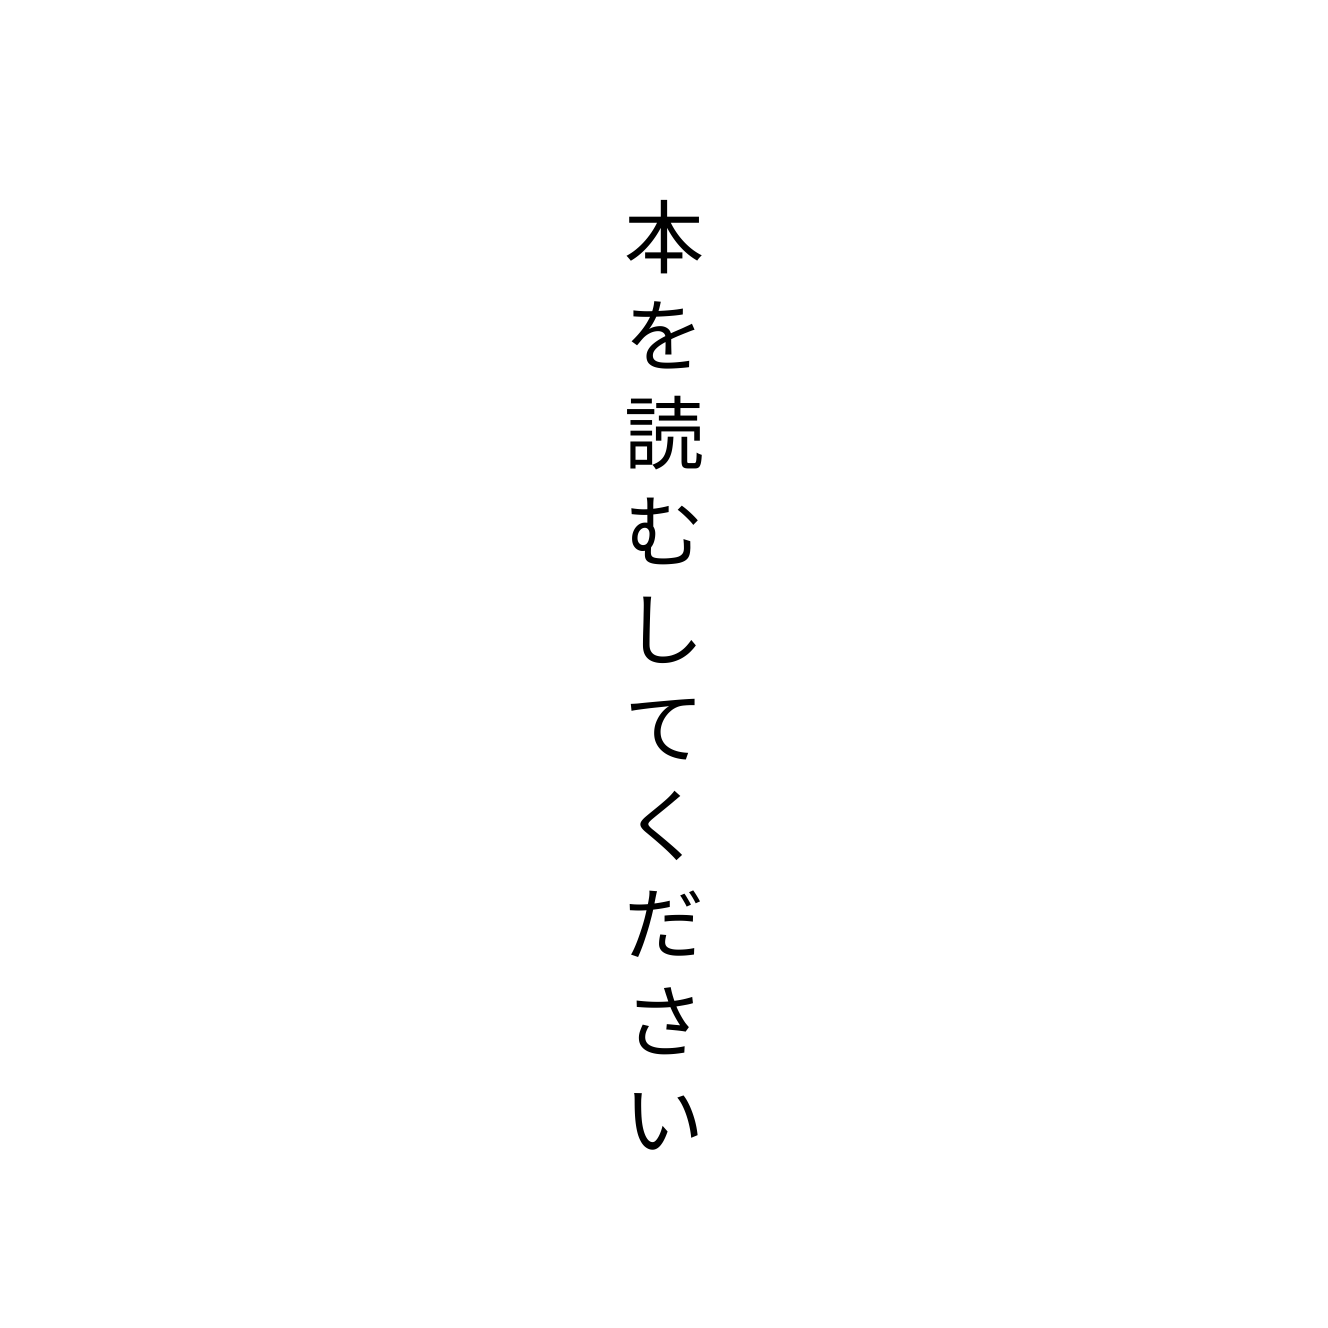
本を読むしてください